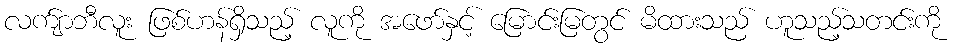
လက်ျာဘီလူး ဖြစ်ဟန်ရှိသည့် လူကို အဖော်နှင့် မြောင်းမြတွင် မိထားသည် ဟူသည့်သတင်းကို